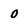
Character: 0